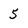
Character: 5